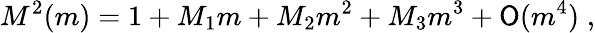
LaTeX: M^{2}(m)=1+M_{1}m+M_{2}m^{2}+M_{3}m^{3}+\mathsf{O}(m^{4})\; ,